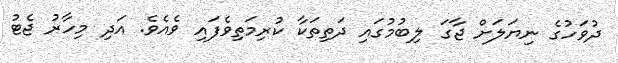
ދުވަހުގެ ނިޔަލަށް ޖާގަ ލިބުމުގައި ދަތިތަކާ ކުރިމަތިވެފައި ވެއެވެ. އަދި މިހާރު ޖެޓު